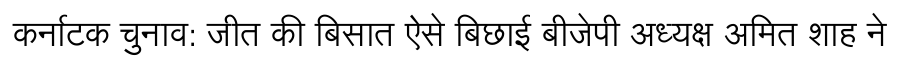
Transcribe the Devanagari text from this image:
कर्नाटक चुनाव: जीत की बिसात ऐसे बिछाई बीजेपी अध्यक्ष अमित शाह ने